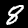
Digit: 8